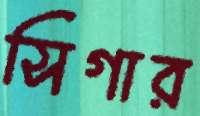
সিগার